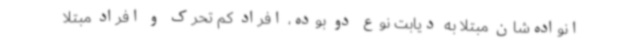
انواده‌شان مبتلا به دیابت نوع دو بوده، افراد کم تحرک و افراد مبتلا